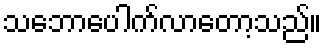
သဘောပေါက်လာတော့သည်။